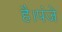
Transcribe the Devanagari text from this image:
है।पंजे